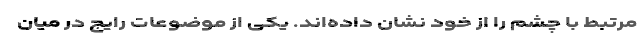
مرتبط با چشم را از خود نشان داده‌اند. یکی از موضوعات رایج در میان